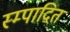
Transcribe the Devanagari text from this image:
स्म्पादित